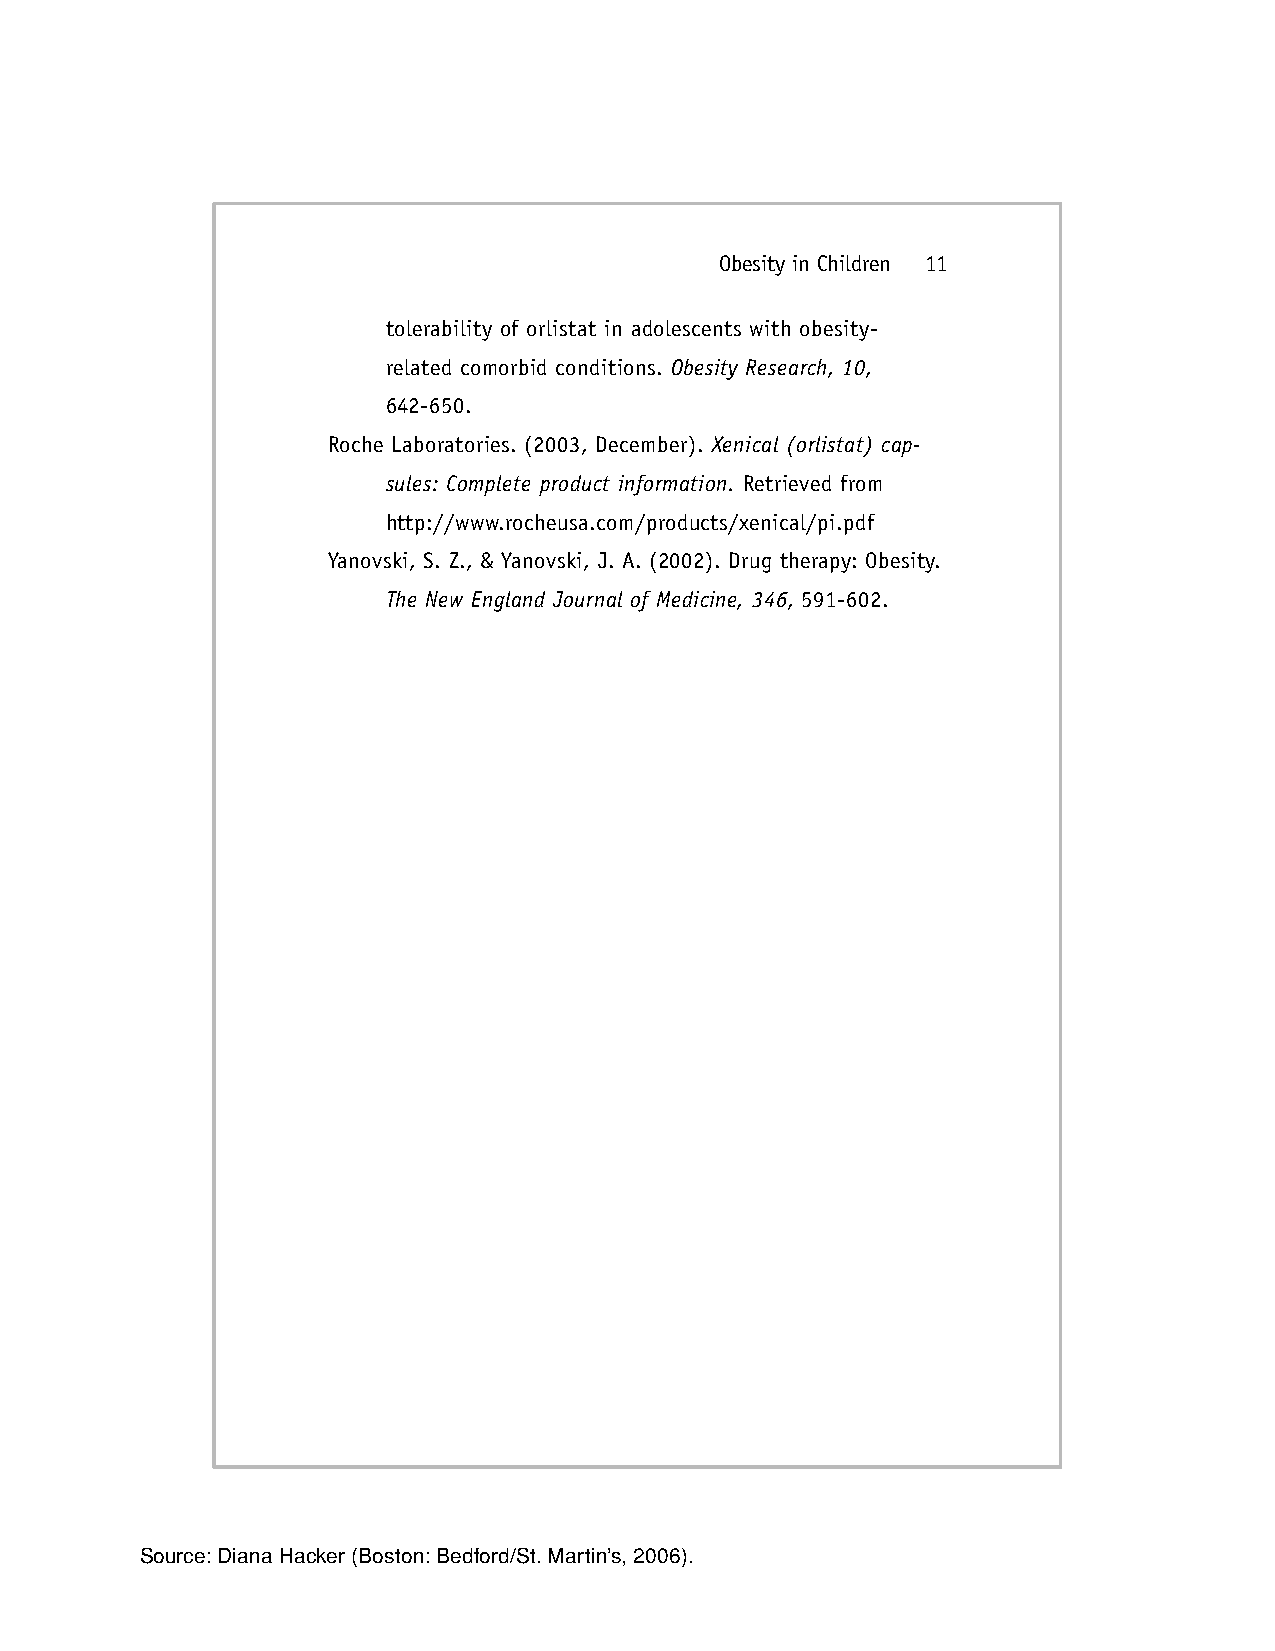
Obesity in Children 11
 tolerability of orlistat in adolescents with obesity-
 related comorbid conditions. Obesity Research, 10,
 642-650.
 Roche Laboratories. (2003, December). Xenical (orlistat) cap-
 sules: Complete product information. Retrieved from
 http://www.rocheusa.com/products/xenical/pi.pdf
 Yanovski, S. Z., & Yanovski, J. A. (2002). Drug therapy: Obesity.
 The New England Journal of Medicine, 346, 591-602.
 Source:Diana Hacker (Boston:Bedford/St.Martin’s, 2006).